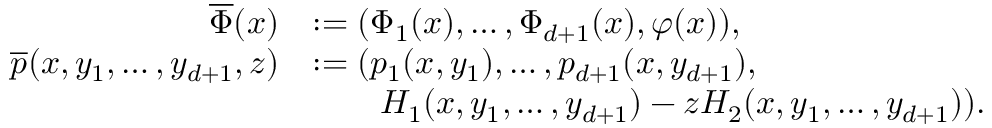
\begin{array} { r l } { \overline { { \Phi } } ( x ) } & { : = ( \Phi _ { 1 } ( x ) , \ldots , \Phi _ { d + 1 } ( x ) , \varphi ( x ) ) , } \\ { \overline { { p } } ( x , y _ { 1 } , \ldots , y _ { d + 1 } , z ) } & { : = ( p _ { 1 } ( x , y _ { 1 } ) , \ldots , p _ { d + 1 } ( x , y _ { d + 1 } ) , } \\ & { \qquad H _ { 1 } ( x , y _ { 1 } , \ldots , y _ { d + 1 } ) - z H _ { 2 } ( x , y _ { 1 } , \ldots , y _ { d + 1 } ) ) . } \end{array}